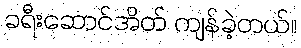
ခရီးဆောင်အိတ် ကျန်ခဲ့တယ်။